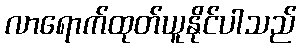
လာရောက်ထုတ်ယူနိုင်ပါသည်